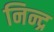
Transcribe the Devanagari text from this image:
निन्द्र